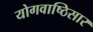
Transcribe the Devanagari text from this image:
योगवाष्ठिसार